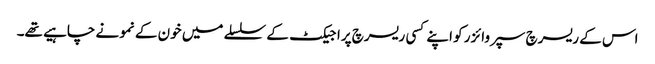
اس کے ریسرچ سپروائزر کو اپنے کسی ریسرچ پراجیکٹ کے سلسلے میں خون کے نمونے چاہیے تھے۔